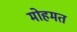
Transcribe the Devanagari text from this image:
मोहमत